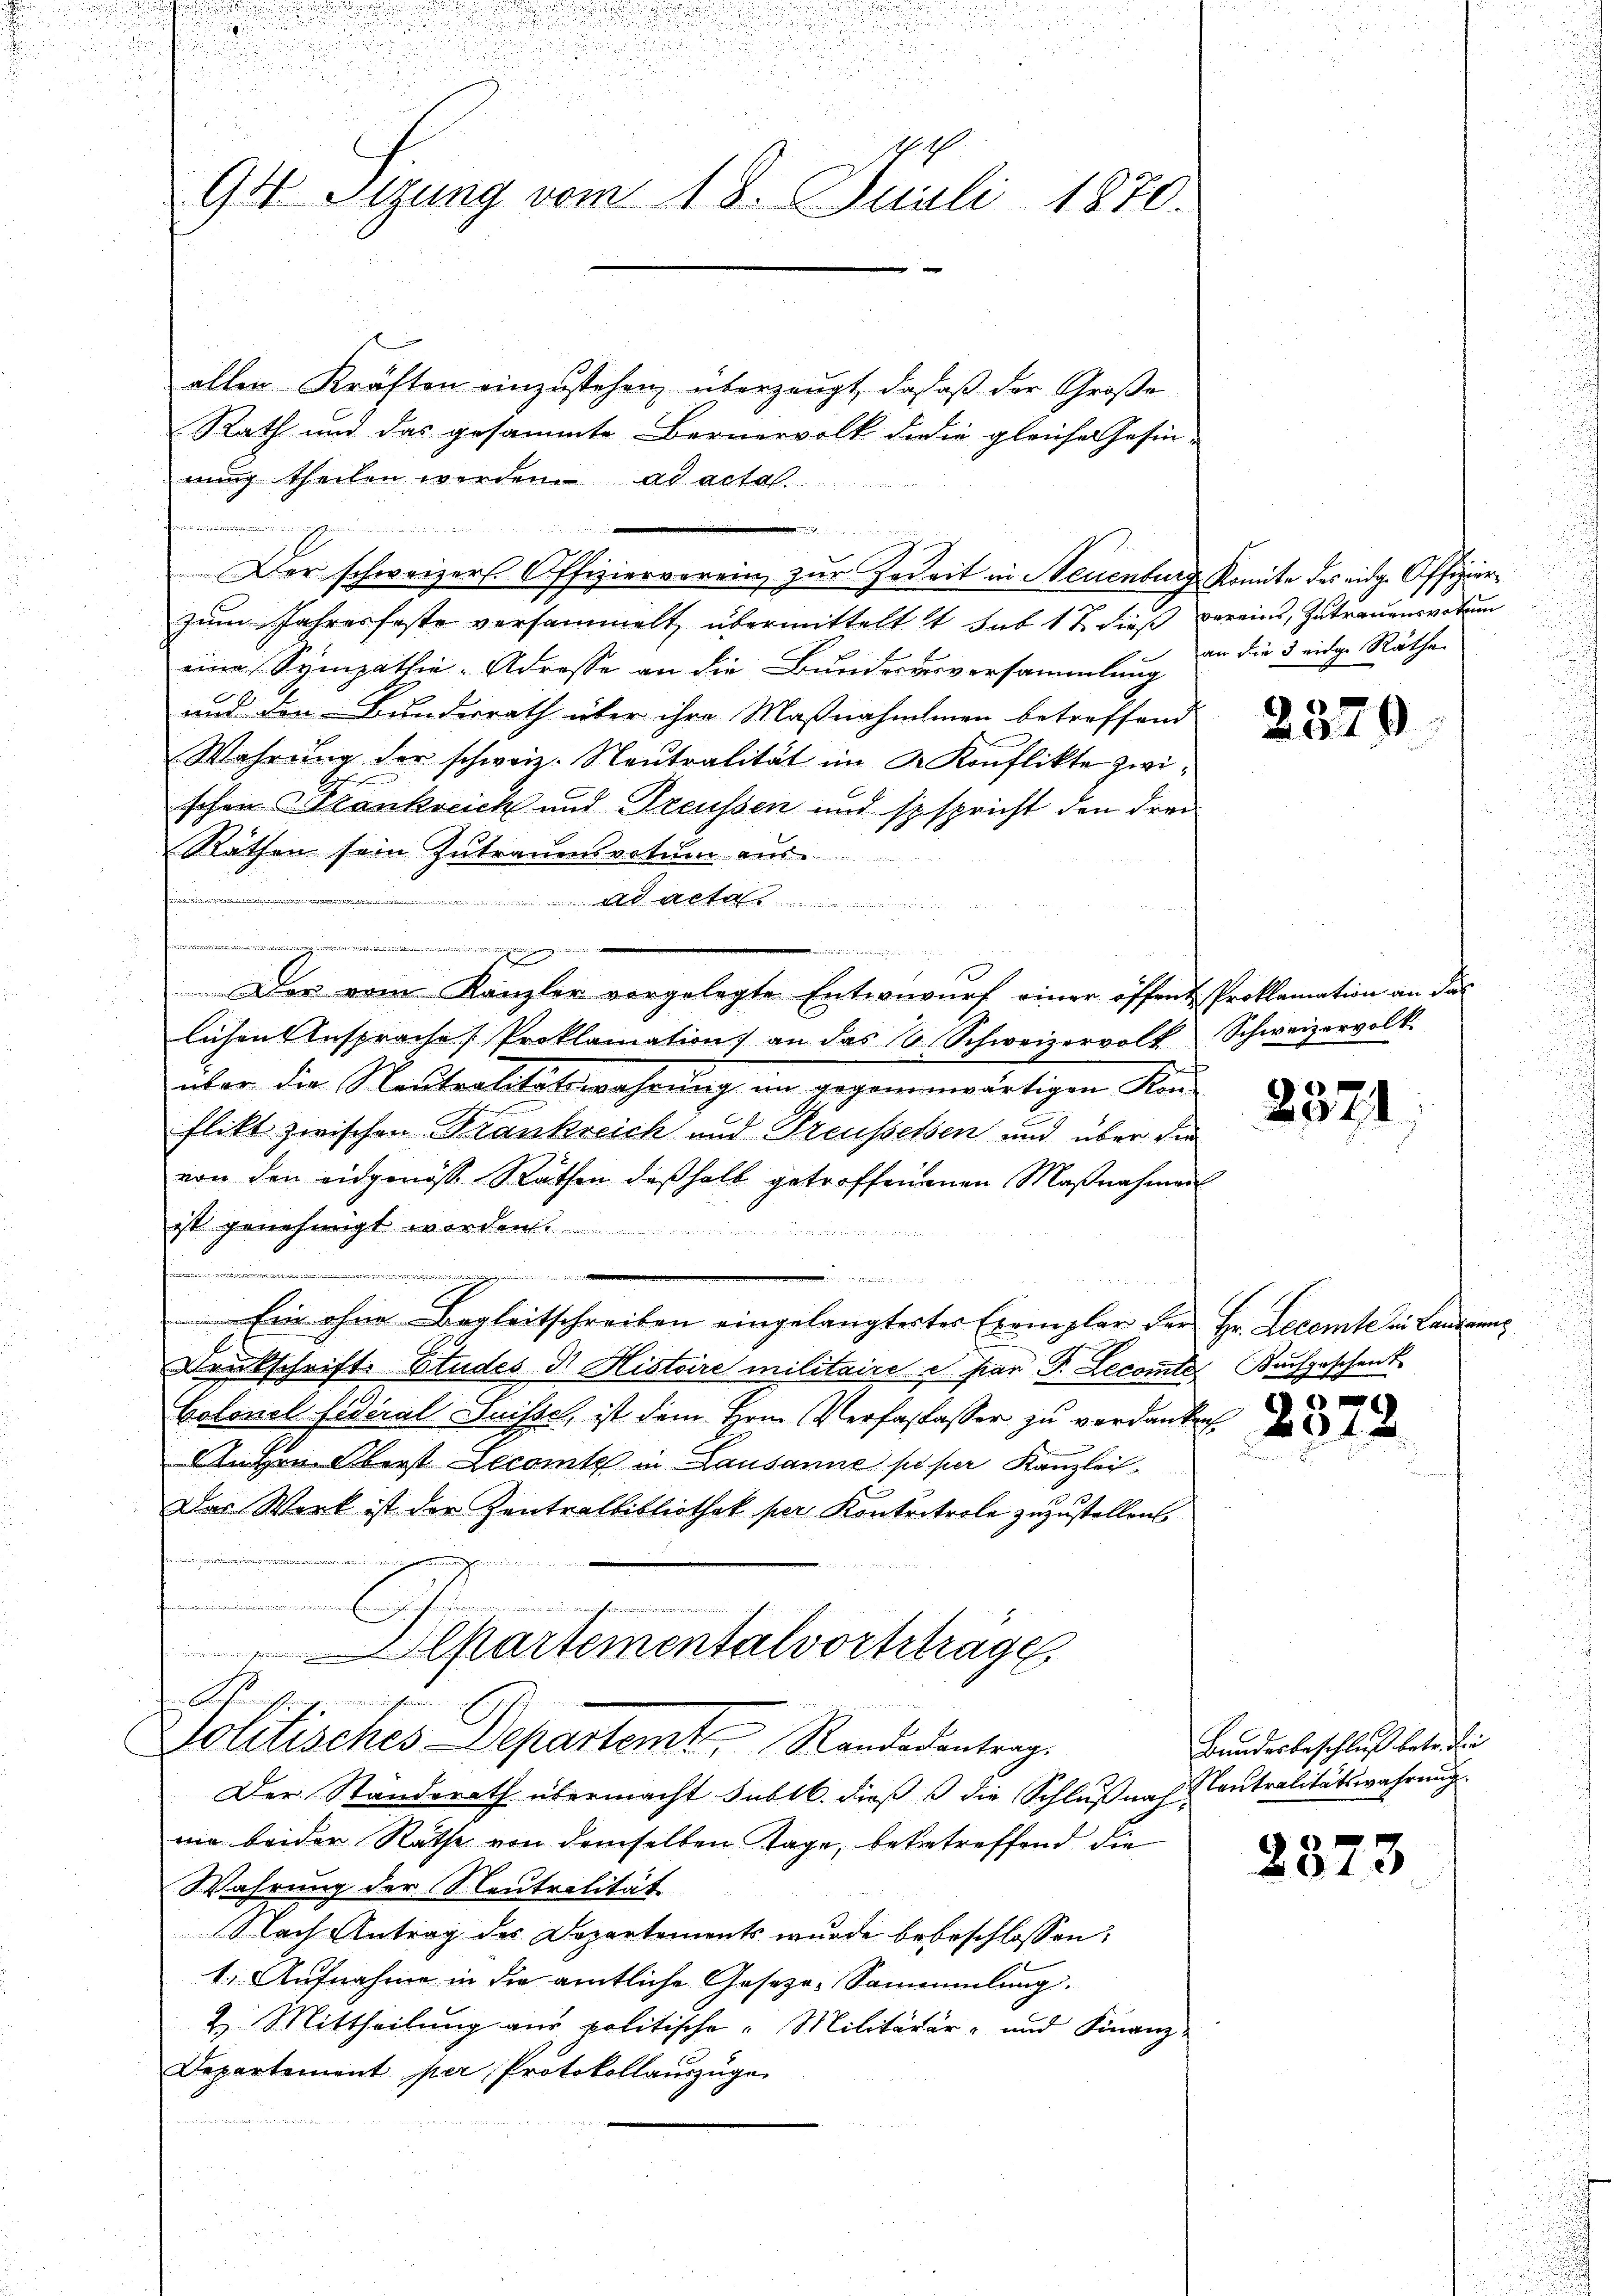
94 Sizung vom 18. Juli 1870.

allen Kräften einzustehen, überzeugt, da daß der Große
Rath und das gesammte Bernervolk die in gleiche Gesin-
nung theilen werden. ad acta
t

zum Jahresfeste versammelt übermittelt 11 sub 17 dieß vereins Zutrauensvotum
eine Sympathie-Adresse an die Bundesarversammlung an die 3 eidg. Räthe
und den Bunderrath über ihre Maßnahmenen betreffend
Wahrung der schweiz. Neutralität im Dr. Konflikte zwischen Frankreich und Treussen und spspricht den drei
Räthen sein Zutrauensvotum aus
n
Adet
inn die Beerden hat der
gegen
lichen Ansprache Proklamation an das 16. Schweizervolk Schweizervolk.
über die Neutralitätswahrung im gegenenwärtigen Konflikt zwischen Frankreich und Preussessen und über die
von den eidgenöss. Rathen deβhalb getroffenenen Maβnahmen
ist genehmigt worden.
uerinten ehelich heute in und die eingerechen und der an der ander daher ein weitet hieriereinigkeit wie eine
n
Ein ohne Begleitschreiben eingelangtester Exemplar der Hr. Decomte in Landren,
Druckschrift. Etudes Dr. Histoire militaire e par P. Lecomte Buchgeschenk
Colonel fidéral Suisse, ist dem Hrn. Verfasasser zu verdanken
lehen Oberst ecomt in Lausanne po per Kanzlei
Das Werk ist der Zentralbibliothek per Konkretrole zuzustellen.
sdin Deine Kinden un
lpartementalvortetrage

Der vom Kanzler vorgelegte Entwŭrf einer öffent. Proklamation an das

Der schweizer Offizierverein zur Zeit in Neuenburg Komite des eidg. Offizier¬

Gerichtung, uniessen mit
Solitisches Departemt Randocentrag.

Der Standerath übermacht sublb. dieß die Schlußnah-
mie beider Räthe von demselben Tage, betretreffend die
Wahrung der Neutralität
Nach Antrag des Departements wurde bebeschlossen:
1. Aufnahme in die amtliche Geseze-Sammlung.
2. Mittheilung aus politische "Militärär- und Finanz-
Departement per Protokollauszuge
n

2379.

2371

s

2072.

Bundesbeschluß betr. die
Neutralitätswahrung.

2373